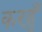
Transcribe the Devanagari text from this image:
करहुँ